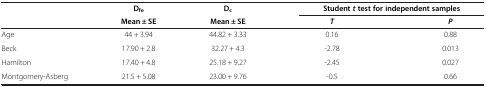
<table><thead><tr><td><b> </b></td><td><b>D<sub>fe</sub></b></td><td><b>D<sub>c</sub></b></td><td colspan="2"><b>Student <i>t </i>test for independent samples</b></td></tr><tr><td><b> </b></td><td><b>Mean ± SE</b></td><td><b>Mean ± SE</b></td><td><b><i>T</i></b></td><td><b><i>P</i></b></td></tr></thead><tbody><tr><td>Age</td><td>44 + 3.94</td><td>44.82 + 3.33</td><td>0.16</td><td>0.88</td></tr><tr><td>Beck</td><td>17.90 + 2.8</td><td>32.27 + 4.3</td><td>-2.78</td><td>0.013</td></tr><tr><td>Hamilton</td><td>17.40 + 4.8</td><td>25.18 + 9.27</td><td>-2.45</td><td>0.027</td></tr><tr><td>Montgomery-Asberg</td><td>21.5 + 5.08</td><td>23.00 + 9.76</td><td>-0.5</td><td>0.66</td></tr></tbody></table>